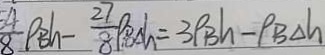
\frac { 5 4 } { 8 } \rho _ { B } h - \frac { 2 7 } { 8 } \rho _ { B } \Delta h = 3 \rho _ { B } h - \rho _ { B } \Delta h